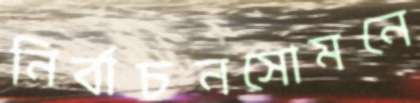
নির্বাচনসোমনে